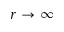
r \to \infty